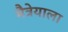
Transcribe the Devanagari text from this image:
मैत्रेयाला